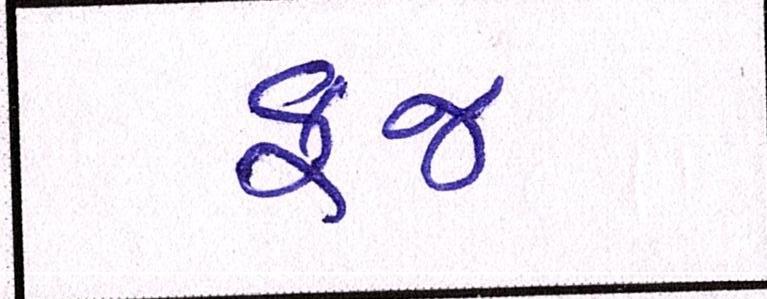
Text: ફજ્ર